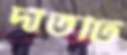
দাঁতটি